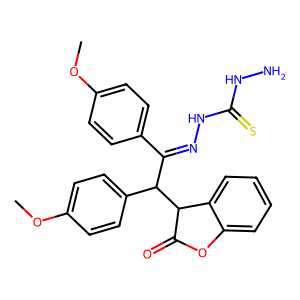
SMILES: COc1ccc(C(=NNC(=S)NN)C(c2ccc(OC)cc2)C2C(=O)Oc3ccccc32)cc1
Inhibits HIV replication: No